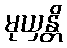
မုယှန္တိ